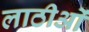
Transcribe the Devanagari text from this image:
लाठीओं